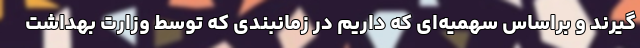
‌گیرند و براساس سهمیه‌ای که داریم در زمانبندی که توسط وزارت بهداشت